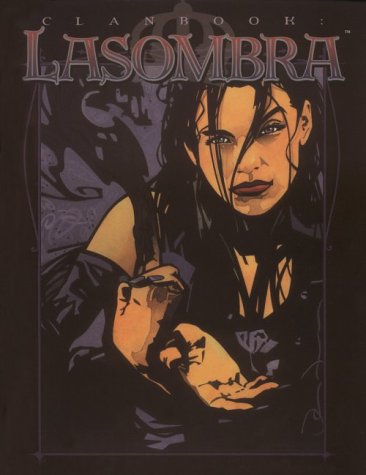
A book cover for Clanbook: Lasombra; Bruce Baugh; Science Fiction & Fantasy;